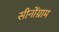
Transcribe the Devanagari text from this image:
सीनोंग्राम